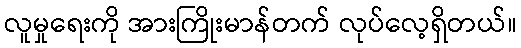
လူမှုရေးကို အားကြိုးမာန်တက် လုပ်လေ့ရှိတယ်။